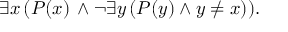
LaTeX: \exists x \, ( P ( x ) \, \wedge \neg \exists y \, ( P ( y ) \wedge y \neq x ) ) .